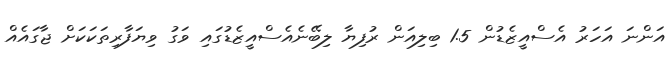
އަންނަ އަހަރު އެސްއީޒެޑުން 1.5 ބިލިއަން ރުފިޔާ ލިބޭނެއެސްއީޒެޑުގައި ވަގު ވިޔަފާރިތަކަކަށް ޖާގައެއް